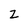
Character: Z